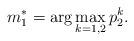
LaTeX: \begin{align*} m_{1}^{*} = \arg\max_{k=1,2}p_{2}^{k}. \end{align*}